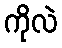
ကိုလဲ